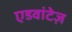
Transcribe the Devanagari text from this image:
एडवांटेज़